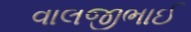
વાલજીભાઈ